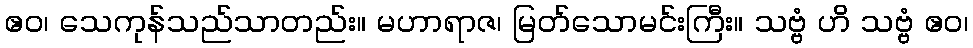
ဧဝ၊ သေကုန်သည်သာတည်း။ မဟာရာဇ၊ မြတ်သောမင်းကြီး။ သဗ္ဗံ ဟိ သဗ္ဗံ ဧဝ၊